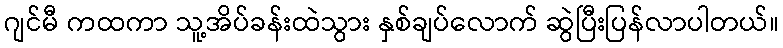
ဂျင်မီ ကထကာ သူ့အိပ်ခန်းထဲသွား နှစ်ချပ်လောက် ဆွဲပြီးပြန်လာပါတယ်။